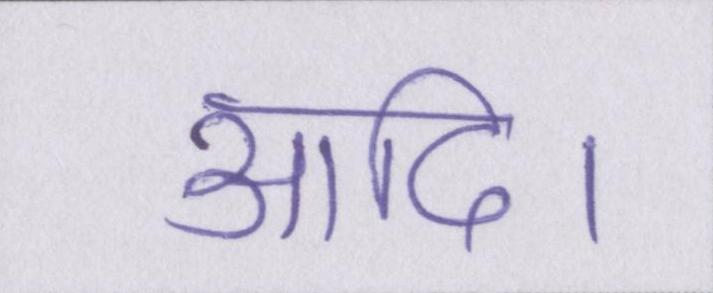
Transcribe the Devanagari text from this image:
आदि।